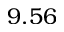
9 . 5 6